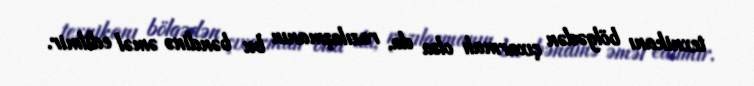
texnikanı bölgədən çıxarmalı olsa da, razılaşmanın bu bəndinə əməl edilmir.